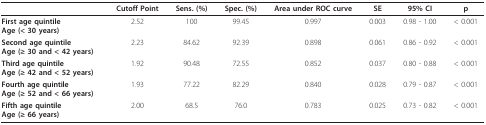
|  | Cutoff Point | Sens. (%) | Spec. (%) | Area under ROC curve | SE | 95% CI | p |
 | --- | --- | --- | --- | --- | --- | --- | --- |
 | First age quintileAge (< 30 years) | 2.52 | 100 | 99.45 | 0.997 | 0.003 | 0.98 - 1.00 | < 0.001 |
 | Second age quintileAge (≥ 30 and < 42 years) | 2.23 | 84.62 | 92.39 | 0.898 | 0.061 | 0.86 - 0.92 | < 0.001 |
 | Third age quintileAge (≥ 42 and < 52 years) | 1.92 | 90.48 | 72.55 | 0.852 | 0.037 | 0.80 - 0.88 | < 0.001 |
 | Fourth age quintileAge (≥ 52 and < 66 years) | 1.93 | 77.22 | 82.29 | 0.840 | 0.028 | 0.79 - 0.87 | < 0.001 |
 | Fifth age quintileAge (≥ 66 years) | 2.00 | 68.5 | 76.0 | 0.783 | 0.025 | 0.73 - 0.82 | < 0.001 |